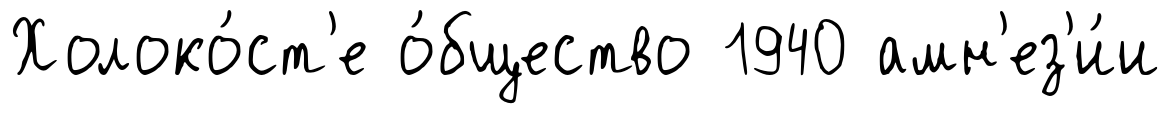
Холоко́ст'е о́бщество 1940 амн'ез'и́и